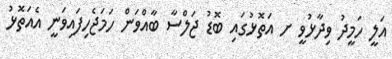
އަލީ ހަމީދު ވިދާޅުވީ ށ އަތޮޅުގައި ބޮޑު ޖަލްސާ ބާއްވަން ހަމަޖެހިފައިވަނީ އެއަތޮޅު